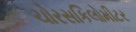
ચોરસકિલોમીટર